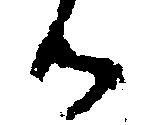
候